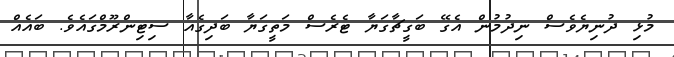
މުޅި ދުނިޔެވެސް ނިދުމުން އެގޭ ބަގީޗާގަޔާ ޓެރެސް މަތީގަޔާ ބަދިގެއާ ސިޓިންރޫމްގައެވެ. ބައެއް